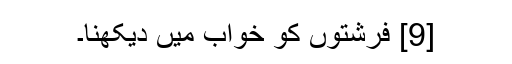
[9] فرشتوں کو خواب میں دیکھنا۔